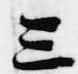
三